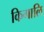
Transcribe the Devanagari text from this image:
किगालि